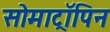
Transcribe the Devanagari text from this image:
सोमाट्रॉपिन